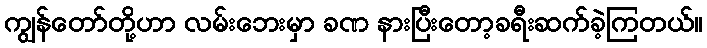
ကျွန်တော်တို့ဟာ လမ်းဘေးမှာ ခဏ နားပြီးတော့ခရီးဆက်ခဲ့ကြတယ်။